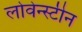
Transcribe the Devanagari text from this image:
लोवेन्स्टीन